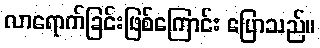
လာရောက်ခြင်းဖြစ်ကြောင်း ပြောသည်။